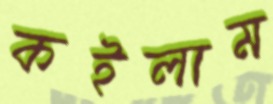
কইলাম